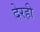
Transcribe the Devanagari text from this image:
देरही